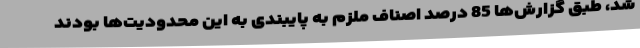
شد، طبق گزارش‌ها 85 درصد اصناف ملزم به پایبندی به این محدودیت‌ها بودند